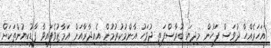
އަހަރެއްހާ ދުވަސް ފަހުން މިދިޔަ ބުރާސްފަތި ދުވަހު އާންމުކުރުމުން އެއިދާރާއަށް އަމާޒުވެފައިވާ ފާޑުކިޔުންތަކަށް